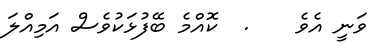
ވަނީ އެވެ    .  ކޮއްމެ ބޭފުޅަކުވެސް އަމިއްލަ